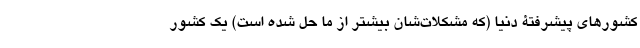
کشورهای پیشرفتۀ دنیا (که مشکلات‌شان بیشتر از ما حل شده است) یک کشور